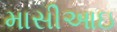
માસીઆઇ